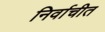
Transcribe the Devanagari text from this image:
निर्वाचीत